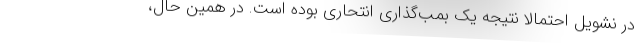
در نشویل احتمالا نتیجه یک بمب‌گذاری انتحاری بوده است. در همین حال،